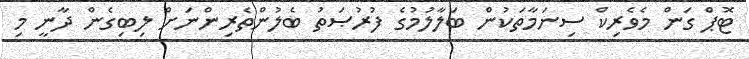
ޓޮޕް ގަން މެވެރިކް ސިނަމާތަކުން ބަލާލުމުގެ ފުރުޞަތު ބެލުންތެރިންނަށް ލިބިގެން ދާނީ މި